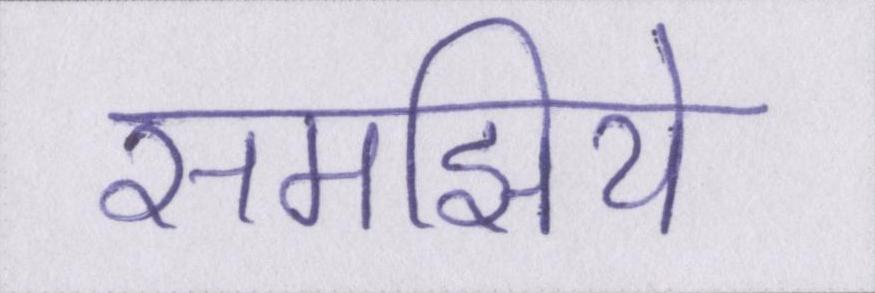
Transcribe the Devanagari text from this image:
समझिये